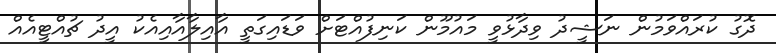
ދޮގު ކުރައްވަމުން ނަޝީދު ވިދާޅުވީ މައުމޫން ކަނިފުއްޓަށް ވަޑައިގަތީ އާއިލާއާއިއެކު އީދު ޗުއްޓީއެއް